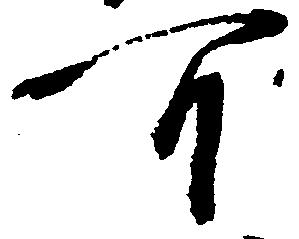
可